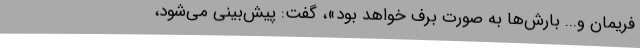
فریمان و... بارش‌ها به صورت برف خواهد بود»، گفت: پیش‌بینی می‌شود،